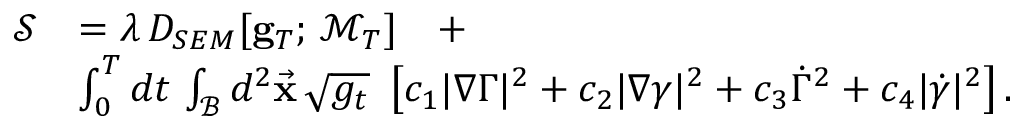
\begin{array} { r l } { \mathcal { S } } & { = \lambda \, D _ { S E M } [ { \bf g } _ { T } ; \, \mathcal { M } _ { T } ] \quad + } \\ & { \int _ { 0 } ^ { T } d t \, \int _ { \mathcal { B } } d ^ { 2 } \vec { \bf x } \, \sqrt { g _ { t } } \, \, \left[ c _ { 1 } | \nabla { \Gamma } | ^ { 2 } + c _ { 2 } | \nabla \gamma | ^ { 2 } + c _ { 3 } \dot { \Gamma } ^ { 2 } + c _ { 4 } | \dot { \gamma } | ^ { 2 } \right] . } \end{array}